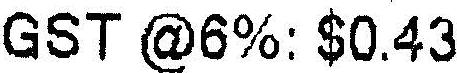
GST @6%: $0.43